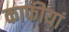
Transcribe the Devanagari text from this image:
काफीयां